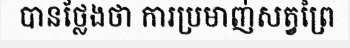
បានថ្លែងថា ការប្រមាញ់សត្វព្រៃ